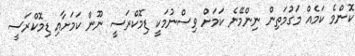
ކޮންމެ ކަމެއް މަގުމަތިން ނިންމޭނެ ކަމަށް ވިސްނުމަކީ ޑިމޮކްރަސީ ނޫން ކަމަށާއި ޑިމޮކްރަސީ